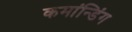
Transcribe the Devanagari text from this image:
कमांन्डिंग